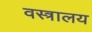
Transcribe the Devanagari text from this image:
वस्त्रालय